Lunatic asylums in Bengal annual reports 1899-1911 - 1899-1911
Year: 1899
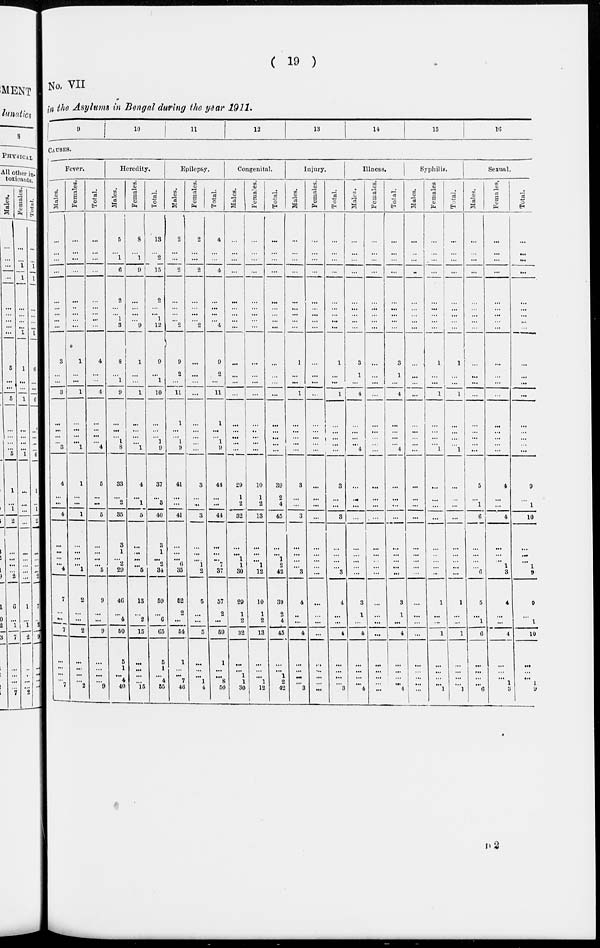
( 19 )
No. VII
in the Asylums in Bengal during the year 1911.
9 10
11
12
13
14
15
16
CAUSES.
Fever.
Males.
...
...
...
...
...
...
...
... ...
3
...
...
3
...
...
...
...
3
4
...
...
4
...
...
...
...
4
7
...
...
7
...
...
...
...
7
Females.
...
...
...
...
...
...
...
...
...
1
...
...
1
...
...
...
...
1
1
...
...
1
...
...
...
...
1
2
...
...
2
...
...
...
...
2
Total.
...
...
...
...
...
...
...
...
...
4
...
...
4
...
...
...
... 4
5
...
...
5
...
...
...
...
5
9
...
...
9
...
...
...
...
9
Heredity.
Males.
5
...
1
6
2
...
... 1
3
8
...
1
9
...
...
... 1
8
33
...
2
35
3
1
... 2
29
46
...
4
50
5
1
...
4
40
Females.
8
...
1
9
...
...
...
... 9
1
...
...
1
...
...
...
...
1
4
...
1
5
...
...
...
...
5
13
...
2
15
...
...
...
...
15
Total.
13
...
2
15
2
...
... 1
12
9
...
1
10
...
...
... 1
9
37
...
3
40
3
1
... 2
34
59
...
6
65
5
1
...
4
55
Epilepsy.
Males.
2
...
...
2
...
...
...
... 2
9
2
...
11
1
...
... 1
9
41
...
...
41
...
...
... 6
35
52
2
...
54
1
...
...
7
46
Females.
2
...
...
2
...
...
...
... 2
...
...
...
...
...
...
...
...
...
3
...
...
3
...
...
... 1
2
5
...
...
5
...
...
...
1
4
Total.
4
...
...
4
...
...
...
... 4
9
2
...
11
1
...
1
9
44
...
...
44
...
...
...
7
37
57
2
...
59
1
...
...
8
50
Congenital.
Males.
...
...
...
...
...
...
...
...
...
...
...
...
...
...
...
...
...
...
29
1
2
32
...
...
1
1
30
29
1
2
32
...
...
1
1
30
Females.
...
...
...
...
...
...
...
...
...
...
...
...
...
...
...
...
...
...
10
1
2
13
...
...
... 1
12
10
1
2
13
...
...
...
1
12
Total.
...
...
...
...
...
...
...
...
...
...
...
...
...
...
...
...
...
...
39
2
4
45
...
...
1
2
42
39
2
4
45
...
...
1
2
42
Injury.
Males.
...
...
...
...
...
...
...
...
...
1
...
...
1
...
...
...
...
...
3
...
...
3
...
...
...
...
3
4
...
...
4
...
...
...
...
3
Females.
...
...
...
...
...
...
...
...
...
...
...
...
...
...
...
...
...
...
...
...
...
...
...
...
...
...
...
...
...
...
...
...
...
...
...
...
Total.
...
...
...
...
...
...
...
...
...
1
...
...
1
...
...
...
...
...
3
...
...
3
...
...
...
...
3
4
...
...
4
...
...
...
...
3
Illness.
Males.
...
...
...
...
...
...
...
...
...
3
1
...
4
...
...
...
...
4
...
...
...
...
...
...
...
...
...
3
1
...
4
...
...
...
...
4
Females.
...
...
...
...
...
...
...
...
...
...
...
...
...
...
...
...
...
...
...
...
...
...
...
...
...
...
...
...
...
...
...
...
...
...
...
...
Total.
...
...
...
...
...
...
...
...
...
3
1
...
4
...
...
...
...
4
...
...
...
...
...
...
...
...
...
3
1
...
4
...
...
...
...
4
Syphilis.
Males.
...
..
...
...
...
...
...
... ...
...
...
...
...
...
...
...
...
...
...
...
...
...
...
...
...
...
...
...
...
...
...
...
...
1
...
...
Females
...
...
...
...
...
...
...
...
...
1
...
...
1
...
...
...
...
1
...
...
...
...
...
...
...
...
...
1
...
...
1
...
...
...
...
1
Total.
...
...
...
...
...
...
...
...
...
1
...
...
1
...
...
...
...
1
...
...
...
...
...
...
...
...
...
1
...
...
1
...
...
...
...
1
Sexual.
Males.
...
...
...
...
...
...
...
...
...
...
...
...
...
...
...
...
...
5
...
1
6
...
...
...
...
6
5
1 1
6
...
...
...
...
6
Females.
...
...
...
...
...
...
...
... ...
...
...
...
...
...
...
...
...
...
4
...
...
4
...
...
... 1
3
4
...
...
4
...
...
...
1
3
Total.
...
...
...
...
...
...
...
...
...
...
...
...
...
...
...
...
...
...
9
...
1
10
...
...
... 1
9
9
...
1
10
...
...
...
1
9
D 2